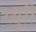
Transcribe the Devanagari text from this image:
ग्थ्रुाी